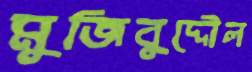
মুজিবুদ্দৌল